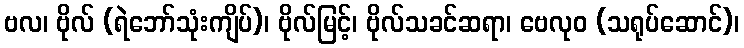
ဗလ၊ ဗိုလ် (ရဲဘော်သုံးကျိပ်)၊ ဗိုလ်မြင့်၊ ဗိုလ်သခင်ဆရာ၊ ဗေလုဝ (သရုပ်ဆောင်)၊